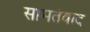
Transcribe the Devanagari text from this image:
सामतंवाद